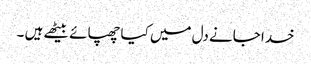
خدا جانے دل میں کیا چھپائے بیٹھے ہیں ۔